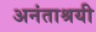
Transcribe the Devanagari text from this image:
अनंताश्रयी